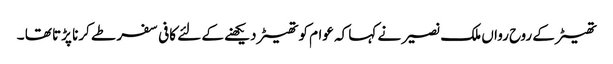
تھیٹر کے روح رواں ملک نصیر نے کہا کہ عوام کو تھیٹر دیکھنے کے لئے کافی سفر طے کرنا پڑتا تھا ۔